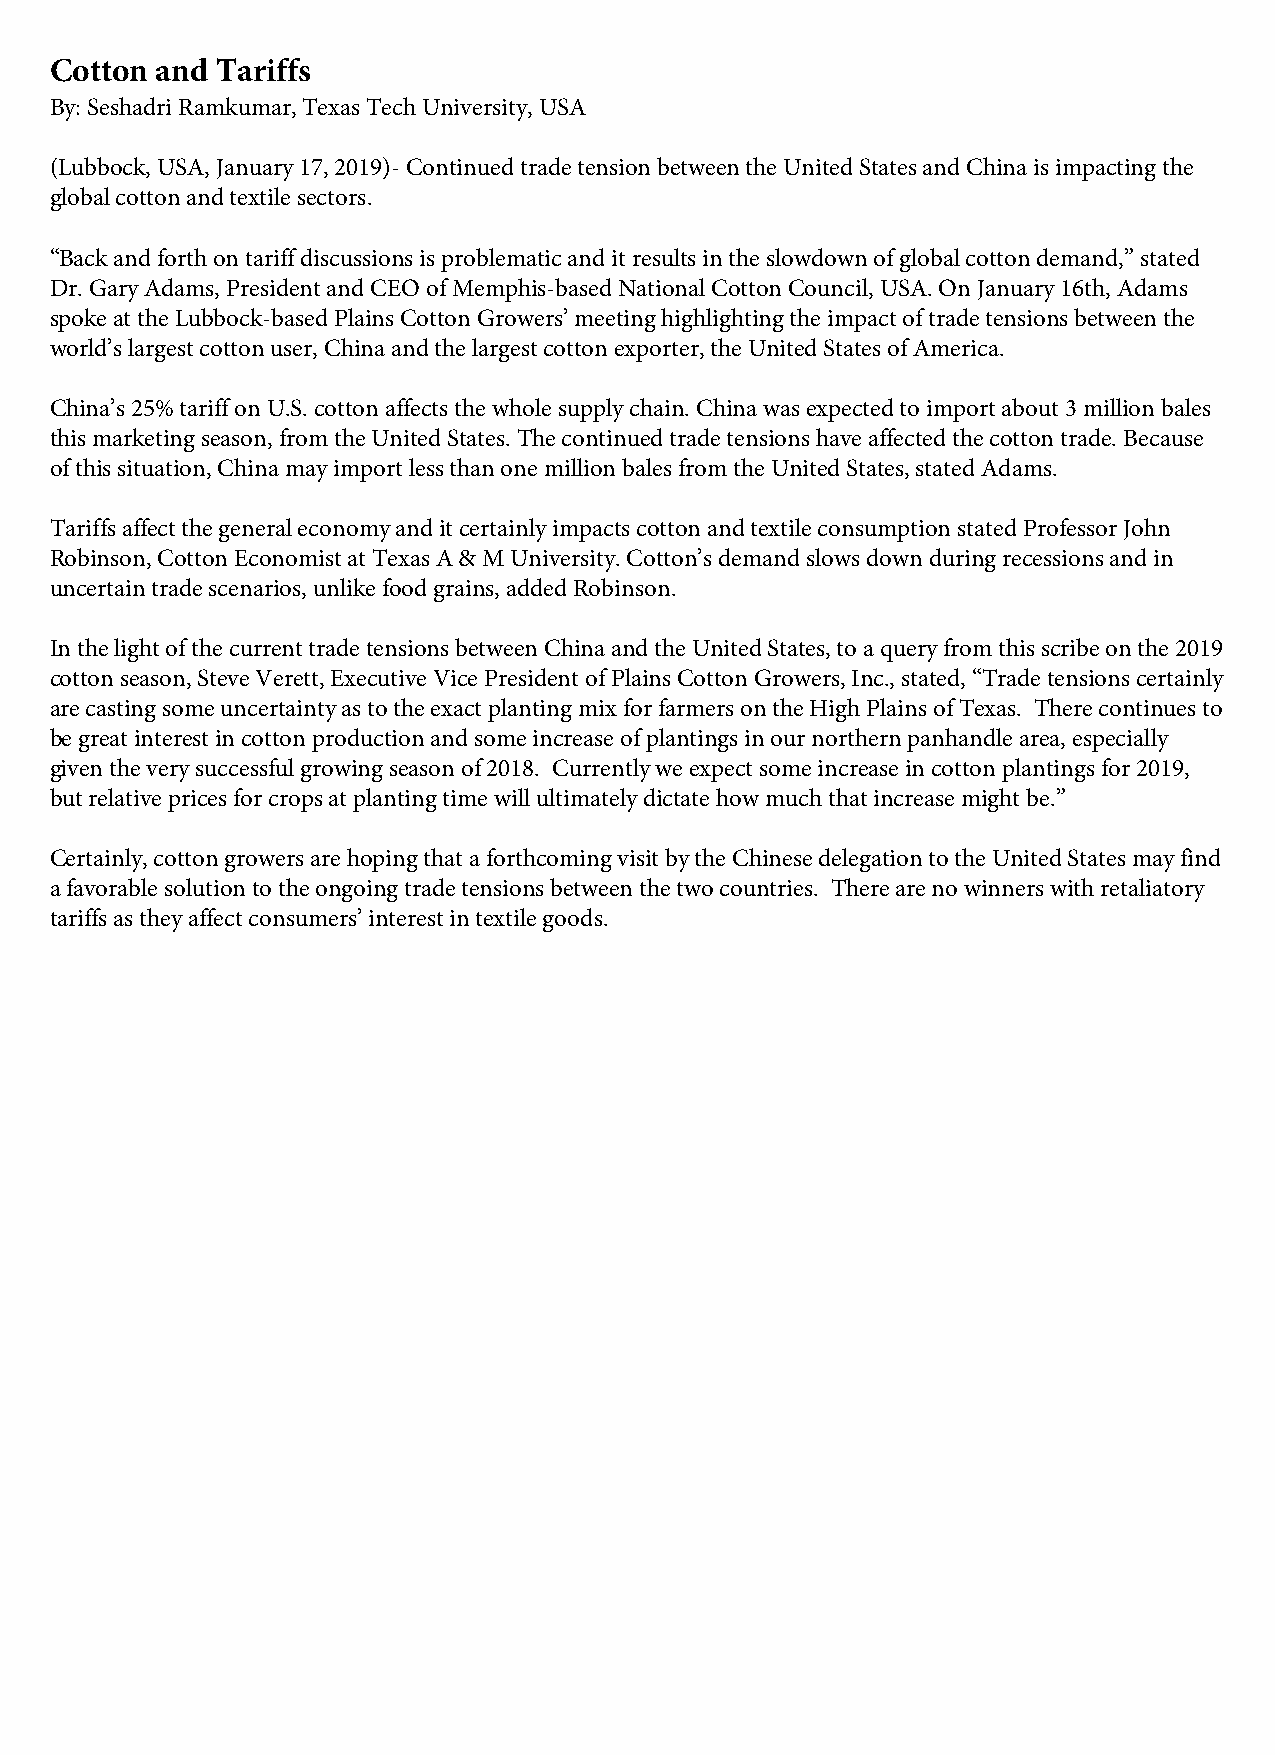
Cotton and Tariffs
 By: Seshadri Ramkumar, Texas Tech University, USA
 (Lubbock, USA, January 17, 2019)- Continued trade tension between the United States and China is impacting the
 global cotton and textile sectors.
 “Back and forth on tariff discussions is problematic and it results in the slowdown of global cotton demand,” stated
 Dr. Gary Adams, President and CEO of Memphis-based National Cotton Council, USA. On January 16th, Adams
 spoke at the Lubbock-based Plains Cotton Growers’ meeting highlighting the impact of trade tensions between the
 world’s largest cotton user, China and the largest cotton exporter, the United States of America.
 China’s 25% tariff on U.S. cotton affects the whole supply chain. China was expected to import about 3 million bales
 this marketing season, from the United States. The continued trade tensions have affected the cotton trade. Because
 of this situation, China may import less than one million bales from the United States, stated Adams.
 Tariffs affect the general economy and it certainly impacts cotton and textile consumption stated Professor John
 Robinson, Cotton Economist at Texas A & M University. Cotton’s demand slows down during recessions and in
 uncertain trade scenarios, unlike food grains, added Robinson.
 In the light of the current trade tensions between China and the United States, to a query from this scribe on the 2019
 cotton season, Steve Verett, Executive Vice President of Plains Cotton Growers, Inc., stated, “Trade tensions certainly
 are casting some uncertainty as to the exact planting mix for farmers on the High Plains of Texas. There continues to
 be great interest in cotton production and some increase of plantings in our northern panhandle area, especially
 given the very successful growing season of 2018. Currently we expect some increase in cotton plantings for 2019,
 but relative prices for crops at planting time will ultimately dictate how much that increase might be.”
 Certainly, cotton growers are hoping that a forthcoming visit by the Chinese delegation to the United States may find
 a favorable solution to the ongoing trade tensions between the two countries. There are no winners with retaliatory
 tariffs as they affect consumers’ interest in textile goods.